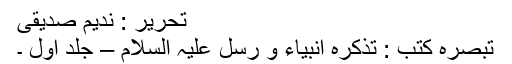
تحریر : ندیم صدیقی
تبصرہ کتب : تذکرہ انبیاء و رسل علیہ السلام – جلد اول ۔